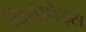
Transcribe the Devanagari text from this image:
पिन्नीपेड्स